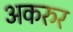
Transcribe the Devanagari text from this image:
अकरुर